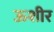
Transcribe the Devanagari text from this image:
ऊशीर